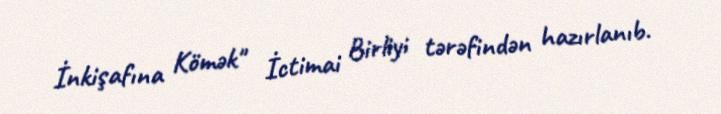
İnkişafına Kömək" İctimai Birliyi tərəfindən hazırlanıb.